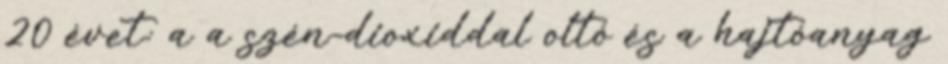
20 évet: a a szén-dioxiddal oltó és a hajtóanyag